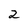
Character: 2